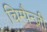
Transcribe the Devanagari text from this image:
चिम्पैन्ज़ी